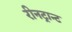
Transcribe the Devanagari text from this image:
रीनट्रान्ट